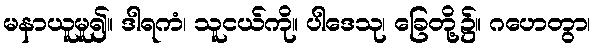
မနာယူမူ၍။ ဒါရကံ၊ သူငယ်ကို။ ပါဒေသု၊ ခြေတို့၌။ ဂဟေတွာ၊